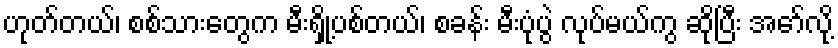
ဟုတ်တယ်၊ စစ်သားတွေက မီးရှို့ပစ်တယ်၊ စခန်း မီးပုံပွဲ လုပ်မယ်ကွ ဆိုပြီး အော်လို့